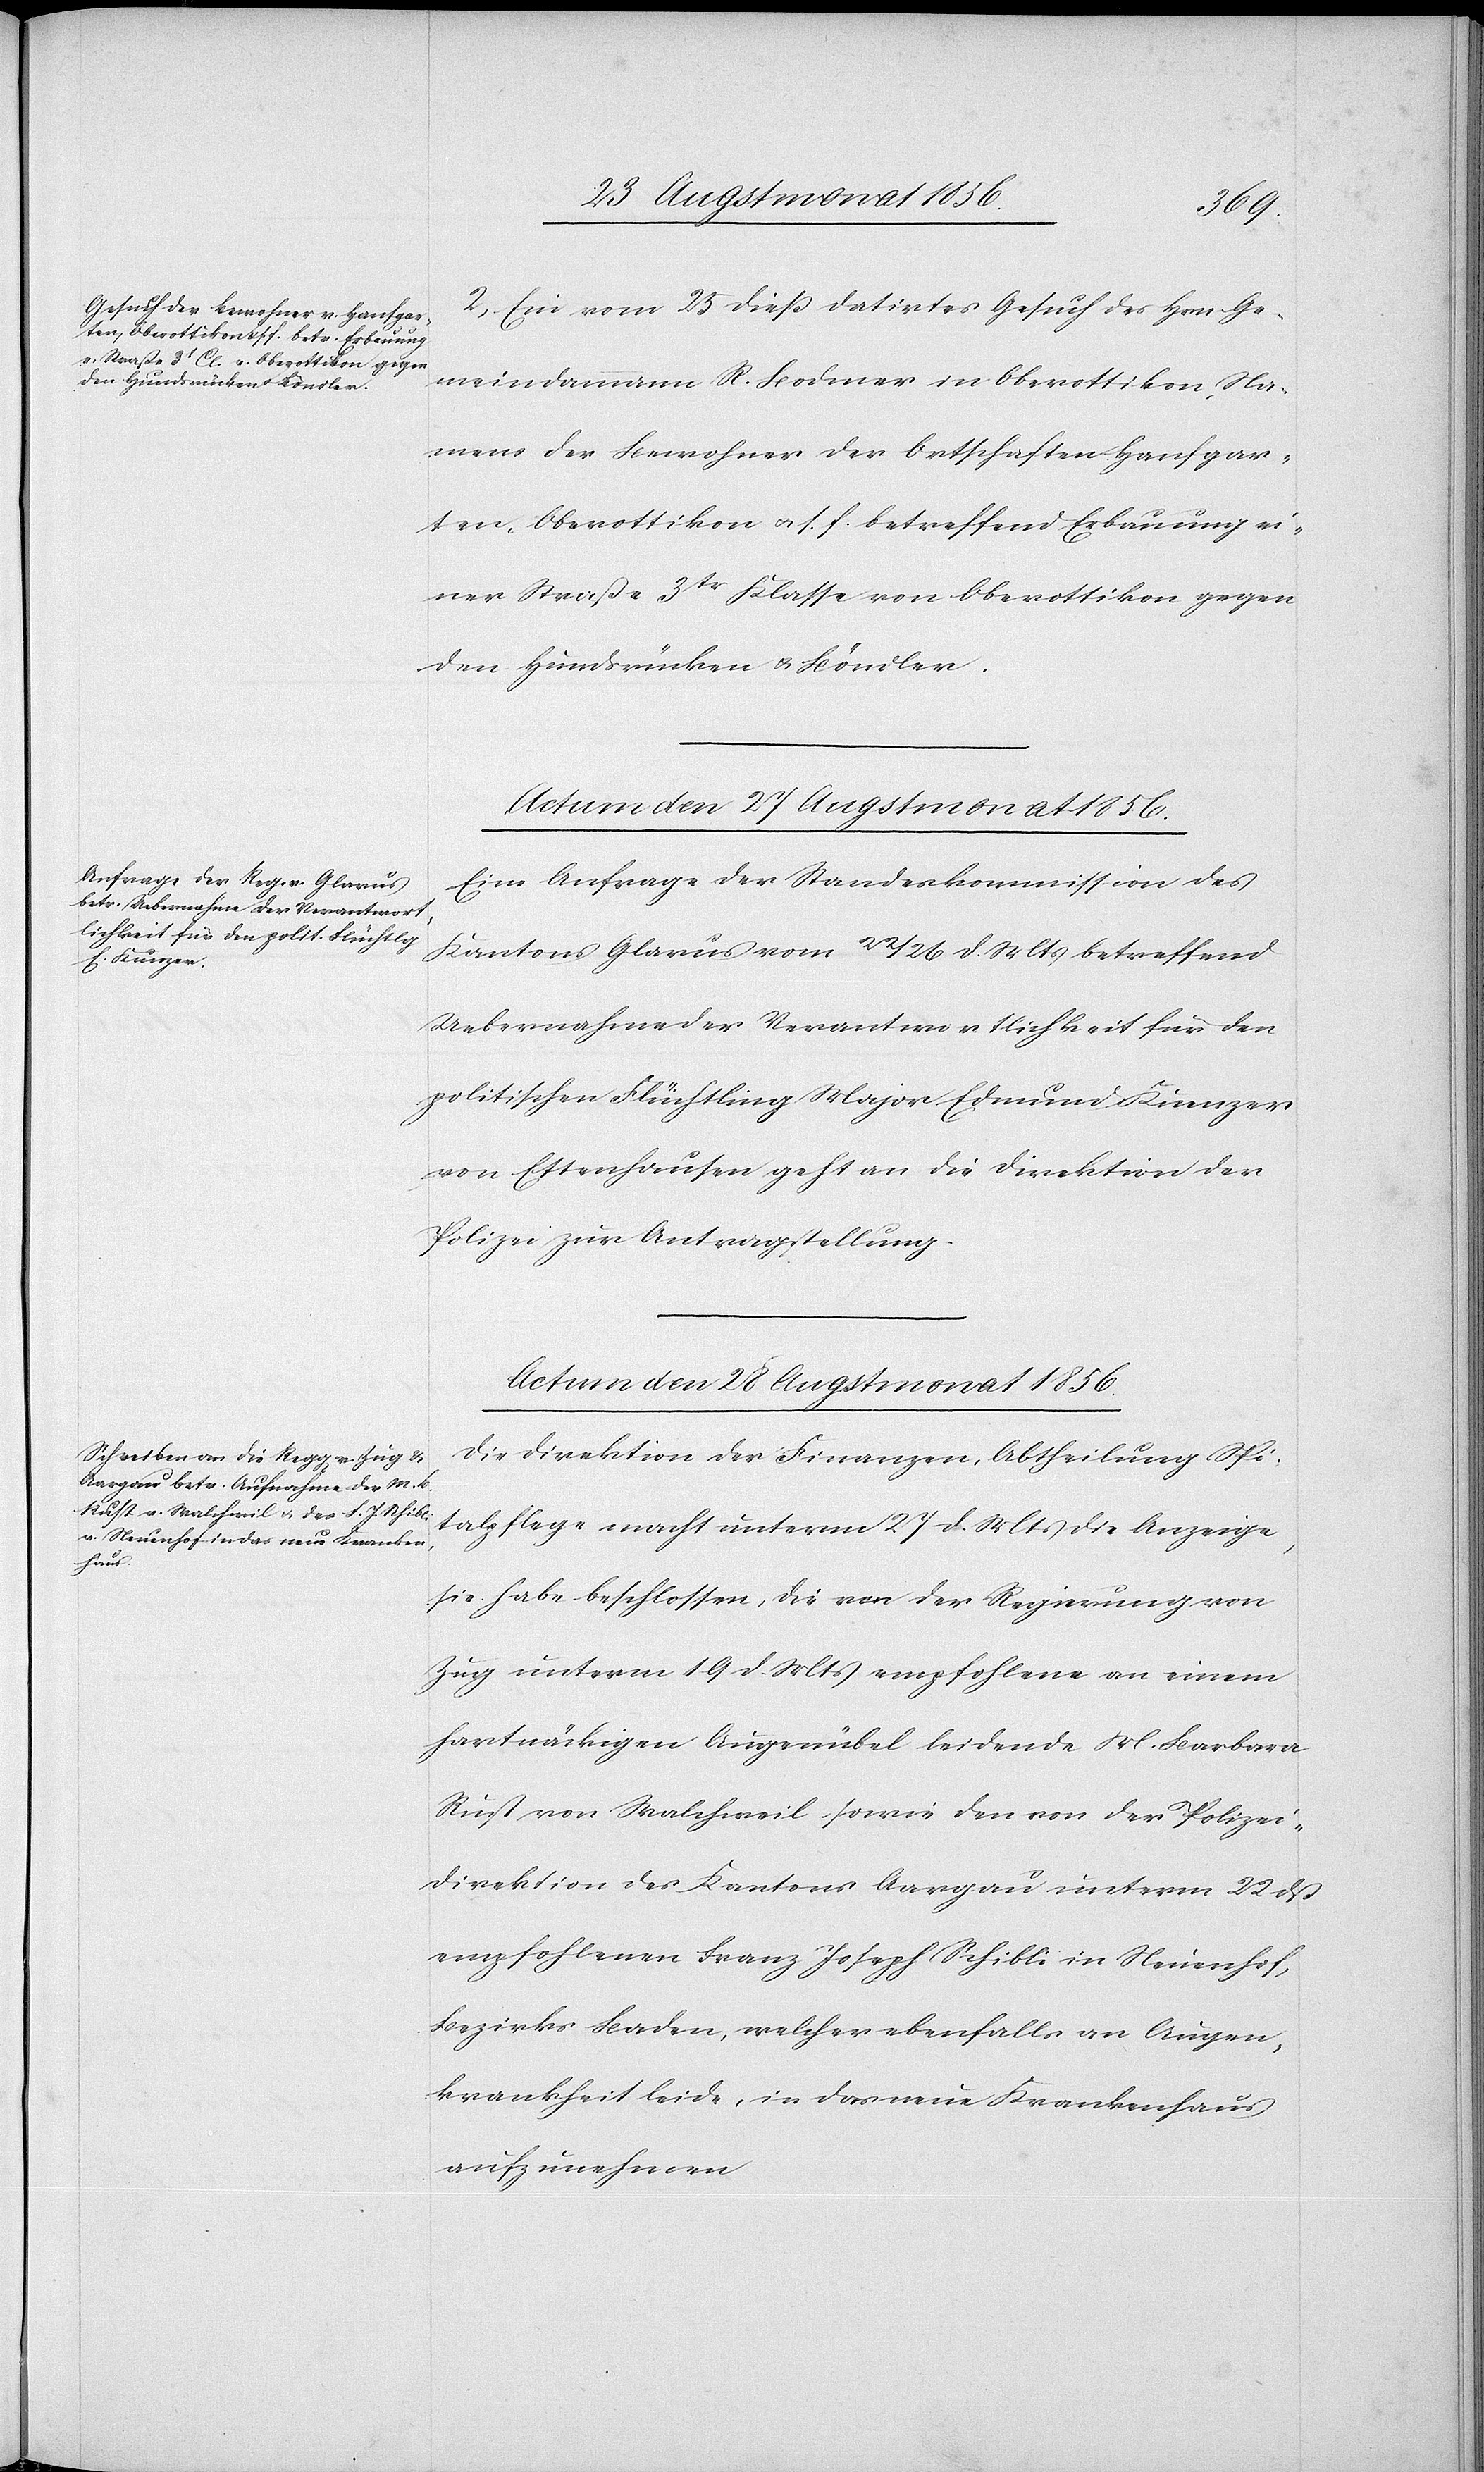
2.) Ein vom 25 diess datirtes Gesuch des Hrn. Ge¬
meindammann R. Bodmer in Oberottikon, Na¬
mens der Bewohner der Ortschaften Hanfgar¬
ten, Oberottikon u. s. f. betreffend Erbauung ei¬
ner Straße 3tr Klasse von Oberottikon gegen
den Hundsrücken u. Böndler.
Actum den 27 Augstmonat 1856.
Eine Anfrage der Standeskommission des
Kantons Glarus vom 22/26 d. Mts betreffend
Uebernahme der Verantwortlichkeit für den
politischen Flüchtling Major Edmund Kuenzer
von Ettenhausen geht an die Direktion der
Polizei zur Antragstellung.
Actum den 28 Augstmonat 1856.
Die Direktion der Finanzen, Abtheilung Spi¬
talpflege macht unterm 27 d. Mts die Anzeige,
sie habe beschlossen, die von der Regierung von
Zug unterm 19 d. Mts empfohlene an einem
hartnäckigen Augenübel leidende M. Barbara
Rust von Walchweil sowie den von der Polizei¬
direktion des Kantons Aargau unterm 22 dß
empfohlenen Franz Joseph Schibli in Neuenhof,
Bezirks Baden, welcher ebenfalls an Augen¬
krankheit leide, in das neue Krankenhaus
aufzunehmen[.]